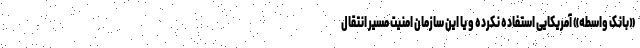
«بانک واسطه» آمریکایی استفاده نکرده و یا این سازمان امنیت مسیر انتقال